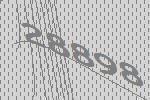
28898